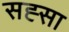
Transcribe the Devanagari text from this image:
सह्सा